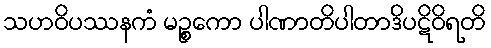
သဟဝိပဿနကံ မဉ္စကော ပါဏာတိပါတာဒိပဋိဝိရတိ